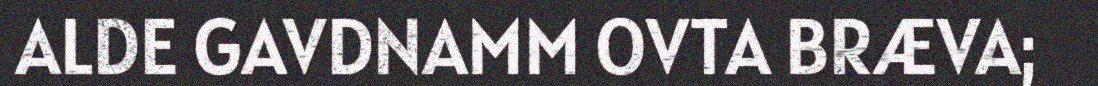
ALDE GAVDNAMM OVTA BRÆVA;